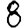
Digit: 8